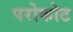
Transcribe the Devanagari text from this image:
परोकोट